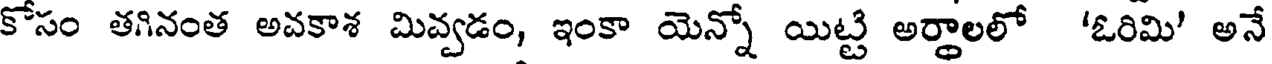
కోసం తగినంత అవకాశ మివ్వడం, ఇంకా యెన్నో యిట్టి అర్థాలలో 'ఓరిమి' అనే